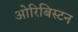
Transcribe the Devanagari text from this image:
ओरिबिस्टन